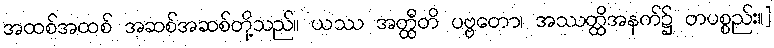
အထစ်အထစ် အဆစ်အဆစ်တို့သည်။ ယဿ အတ္ထီတိ ပဗ္ဗတော၊ အဿတ္ထိအနက်၌ တပစ္စည်း။]